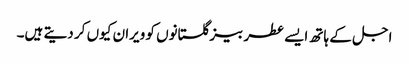
اجل کے ہاتھ ایسے عطر بیز گلستانوں کو ویران کیوں کر دیتے ہیں۔